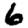
Digit: 6